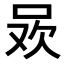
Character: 𭇲